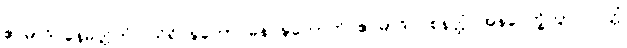
ဧဝမာဒိ နေမိတ္တိကံ။ သိရိဝဍ္ဎကော ဓနဝဍ္ဎကောတိ ဧဝမာဒိ ဝစနတ္ထံ အနပေက္ခိတွာ ပဝတ္တံ